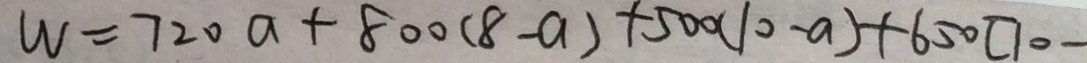
W = 7 2 0 a + 8 0 0 ( 8 - a ) + 5 0 0 ( 1 0 - a ) + 6 5 0 ( 1 0 -